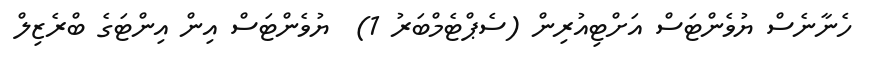
ހެނާނެސް ޔުވެންޓަސް އަށްޓިއުރިން (ސެޕްޓެމްބަރު 1)  ޔުވެންޓަސް އިން އިންޓަގެ ބްރެޒިލް